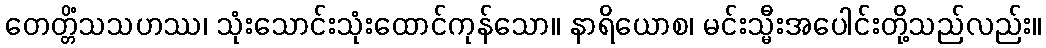
တေတ္တိံသသဟဿ၊ သုံးသောင်းသုံးထောင်ကုန်သော။ နာရိယောစ၊ မင်းသ္မီးအပေါင်းတို့သည်လည်း။